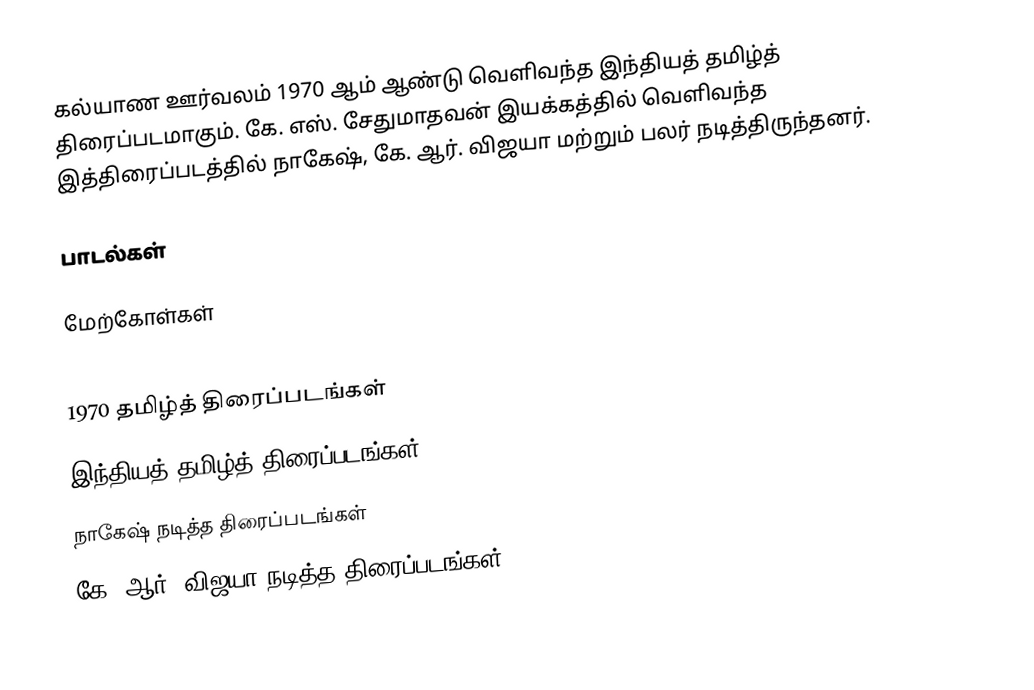
கல்யாண ஊர்வலம் 1970 ஆம் ஆண்டு வெளிவந்த இந்தியத் தமிழ்த் திரைப்படமாகும்.  கே. எஸ். சேதுமாதவன் இயக்கத்தில் வெளிவந்த இத்திரைப்படத்தில் நாகேஷ், கே. ஆர். விஜயா மற்றும் பலர் நடித்திருந்தனர்.

பாடல்கள்

மேற்கோள்கள்

1970 தமிழ்த் திரைப்படங்கள்
இந்தியத் தமிழ்த் திரைப்படங்கள்
நாகேஷ் நடித்த திரைப்படங்கள்
கே. ஆர். விஜயா நடித்த திரைப்படங்கள்